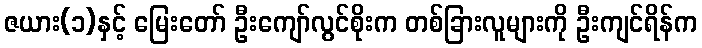
ဇယား(၁)နှင့် မြေးတော် ဦးကျော်လွင်စိုးက တစ်ခြားလူများကို ဦးကျင်ရိန်က